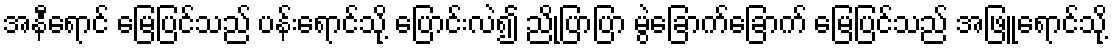
အနီရောင် မြေပြင်သည် ပန်းရောင်သို့ ပြောင်းလဲ၍ ညိုပြာပြာ မွဲခြောက်ခြောက် မြေပြင်သည် အဖြူရောင်သို့